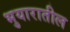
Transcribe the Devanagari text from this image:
भुयारातील